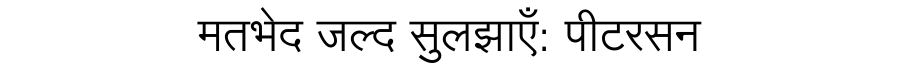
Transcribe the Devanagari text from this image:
मतभेद जल्द सुलझाएँ: पीटरसन